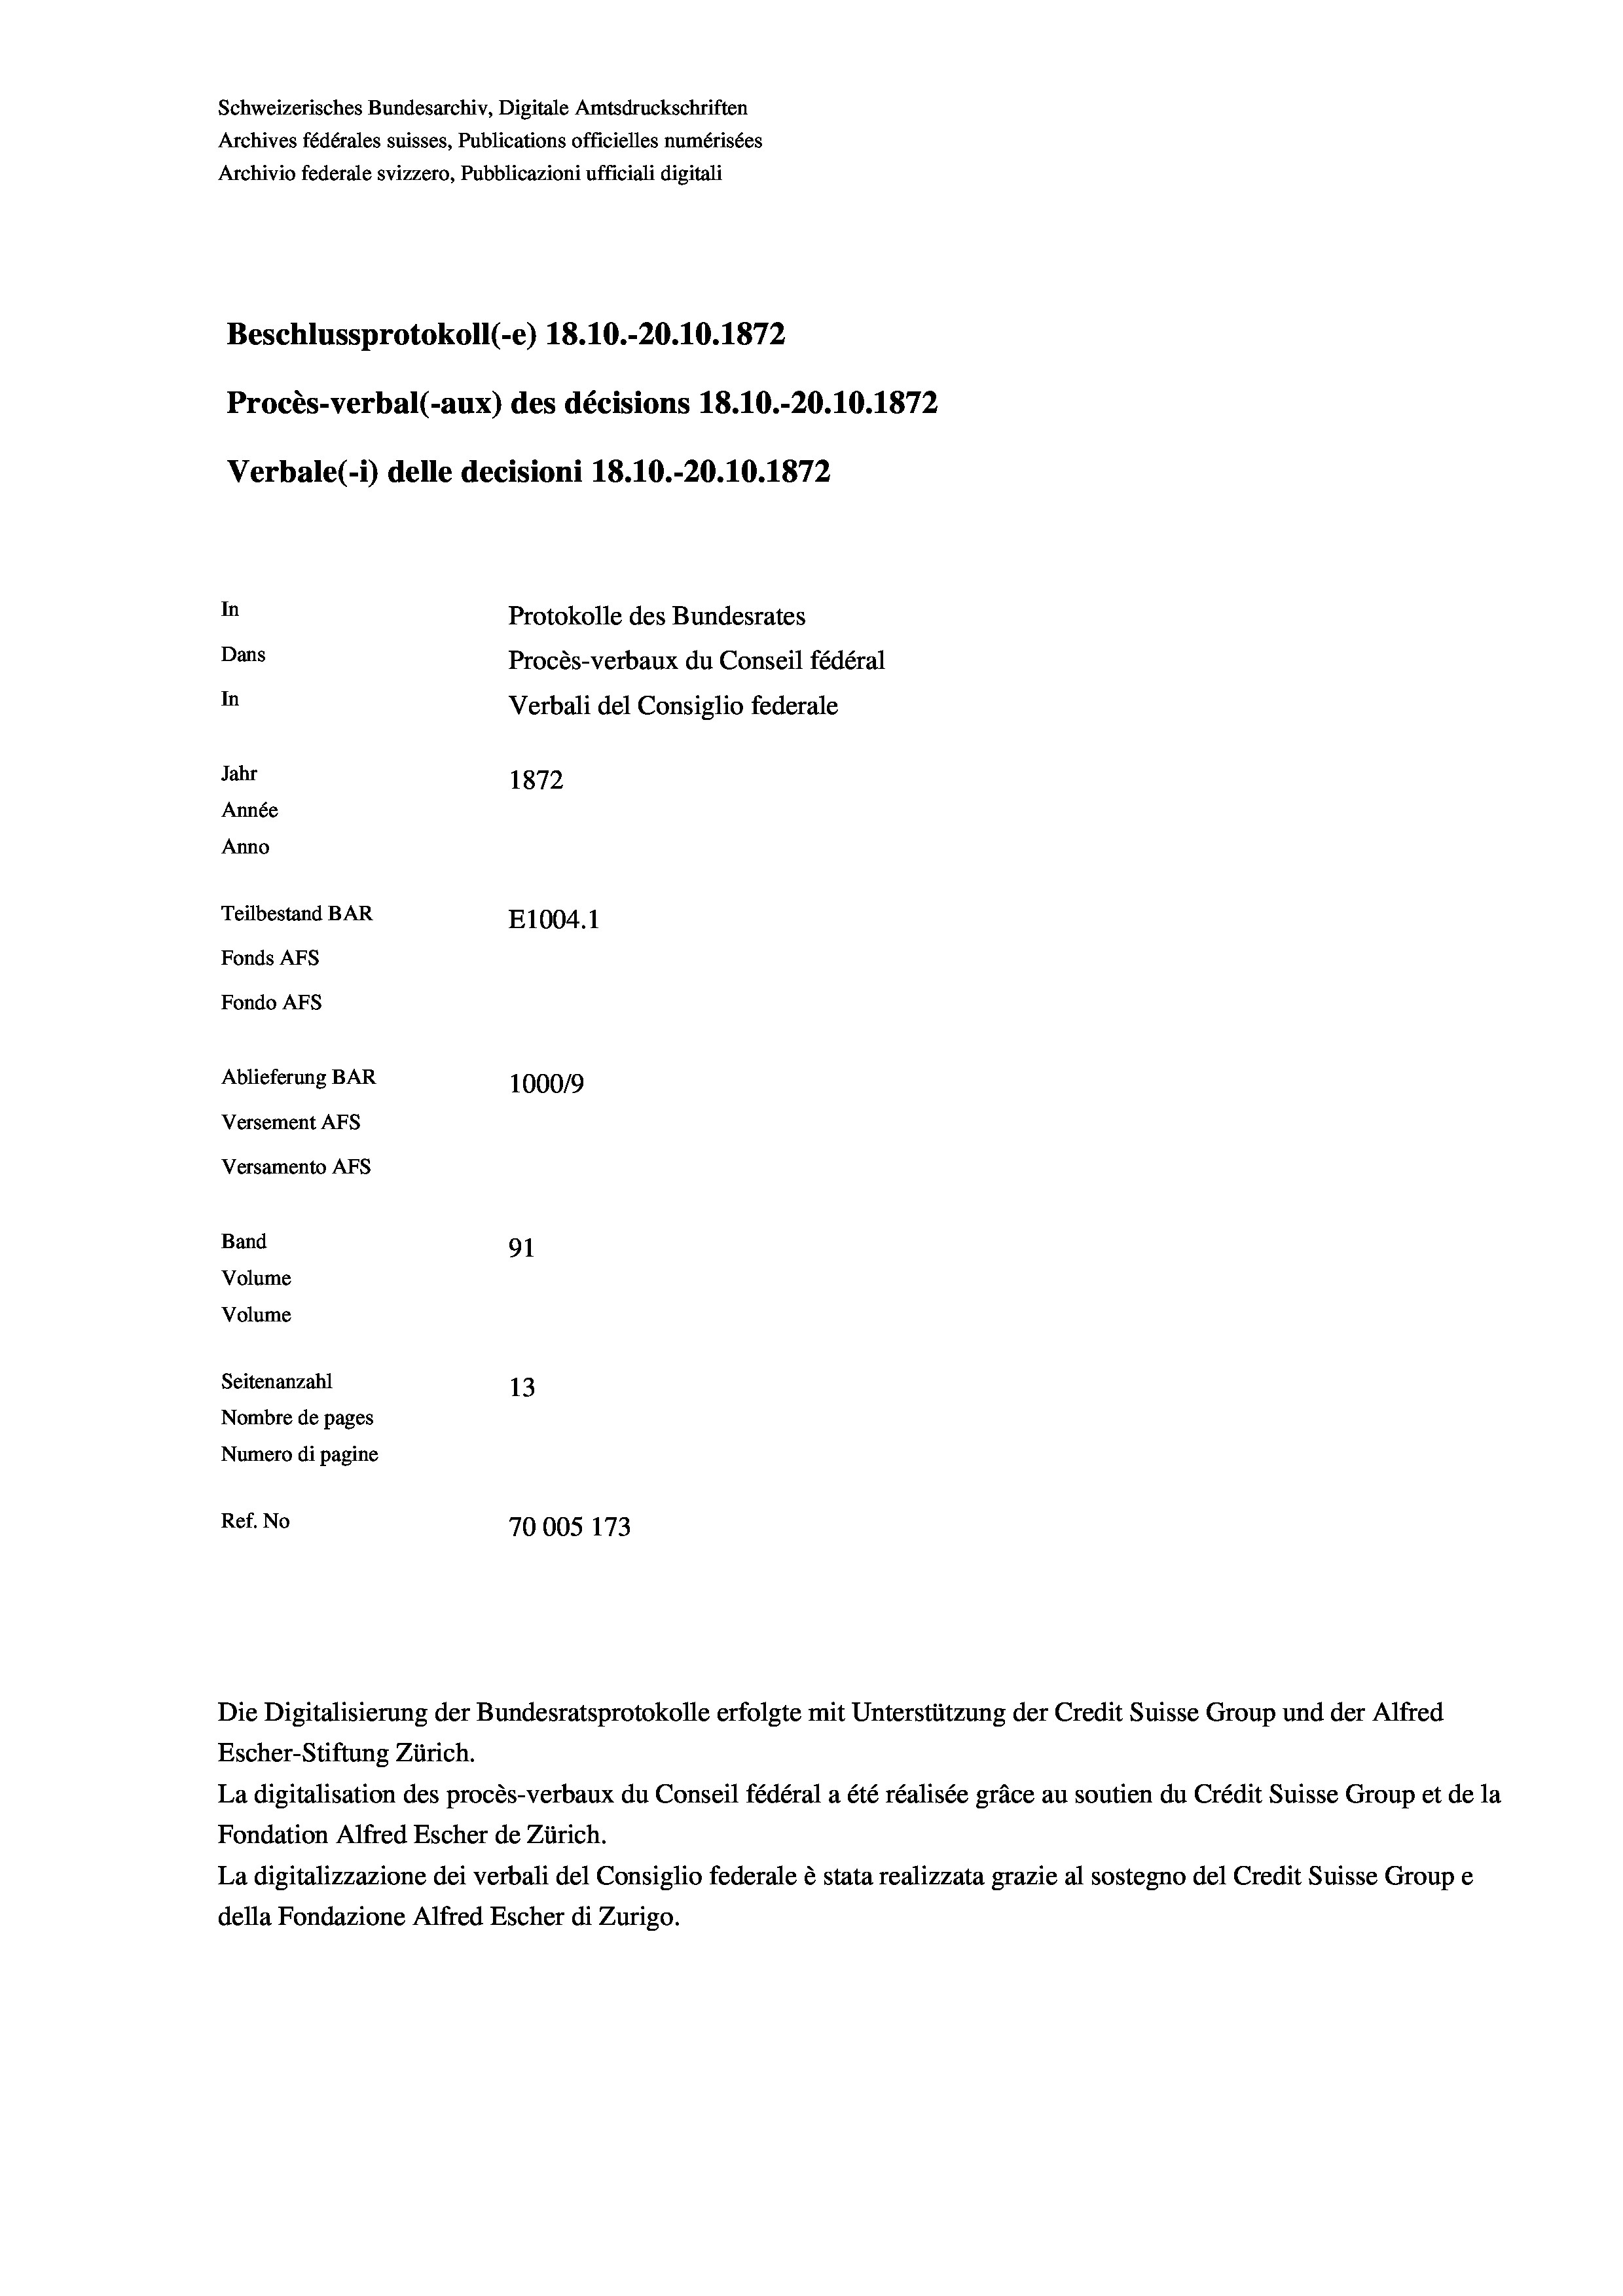
Schweizerisches Bundesarchiv, Digitale Amtsdruckschriften
Archives fédérales suisses, Publications officielles numérisées
Archivio federale svizzero, Pubblicazioni ufficiali digitali
Beschlussprotokoll (-e) 18.10.-20.10.1872
Procès-verbal (-aux) des décisions 18.10.-20.10.1872
Verbale (- 1) delle decisioni 18.10.-20.10.1872
In
Protokolle des Bundesrates
Dans
Procès-verbaux du Conseil fédéral
In
Verbali del Consiglio federale
Jahr
1872
Année
Anno
Teilbestand BAR
E1004. 1
Fonds Afs
Fondo AFS
Ablieferung BAR
100019
Versement AFs
Versamento Afs
Band
91
Volume
Volume
Seitenanzahl
13
Nombre de pages
Numero di pagine
Ref. No
70005 173

Escher-Stiftung Zürich.
La digitalisation des procès-verbaux du Conseil fédéral a été réalisée gräce au soutien du Crédit Suisse Group et de la
Fondation Alfred Escher de Zürich.
La digitalizzazione dei verbali del Consiglio federale è stata realizzata grazie al sostegno del Credit Suisse Groupe
della Fondazione Alfred Escher di Zurigo.

Die Digitalisierung der Bundesratsprotokolle erfolgte mit Unterstützung der Credit Suisse Group und der Alfred